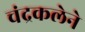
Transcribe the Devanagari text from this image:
चंद्रकलेने